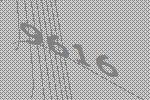
9616